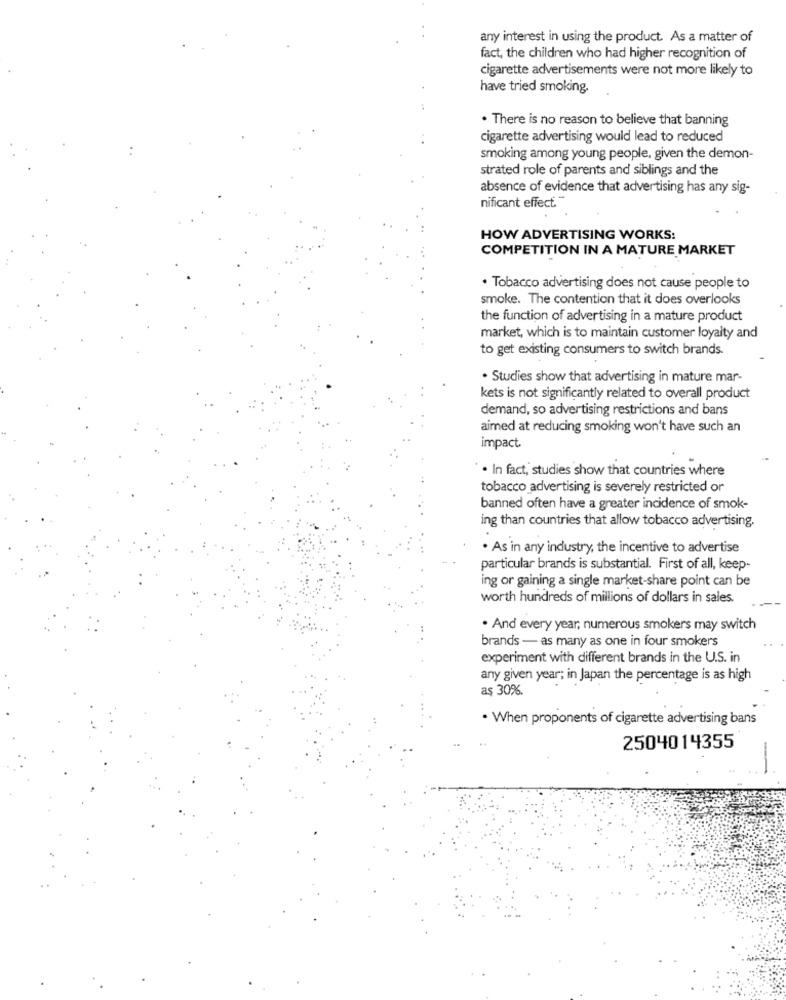
any interest in using the product. As a matter of
fact, the children who had higher recognition of
cigarette advertisements were not more likely to
have tried smoking.
. There is no reason to believe that banning
cigarette advertising would lead to reduced
smoking among young people, given the demon-
strated role of parents and siblings and the
absence of evidence that advertising has any sig-
nificant effect."
HOW ADVERTISING WORKS:
COMPETITION IN A MATURE MARKET
. Tobacco advertising does not cause people to
smoke. The contention that it does overlooks
the function of advertising in a mature product
market, which is to maintain customer loyalty and
to get existing consumers to switch brands.
. Studies show that advertising in mature mar-
kets is not significantly related to overall product
demand, so advertising restrictions and bans
aimed at reducing smoking won't have such an
impact.
. In fact, studies show that countries where
tobacco advertising is severely restricted or
banned often have a greater incidence of smok-
ing than countries that allow tobacco advertising.
. As in any industry, the incentive to advertise
particular brands is substantial. First of all, keep-
ing or gaining a single market-share point can be
worth hundreds of millions of dollars in sales.
. And every year, numerous smokers may switch
brands - as many as one in four smokers
experiment with different brands in the U.S. in
any given year; in Japan the percentage is as high
aş 30%.
· When proponents of cigarette advertising bans
2504014355